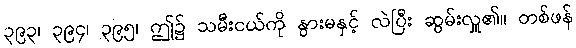
၃၉၃၊ ၃၉၄၊ ၃၉၅၊ ဤ၌ သမီးငယ်ကို နွားမနှင့် လဲပြီး ဆွမ်းလှူ၏။ တစ်ဖန်